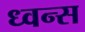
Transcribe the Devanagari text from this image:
ध्वन्स